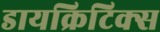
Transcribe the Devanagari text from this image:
डायक्रिटिक्स